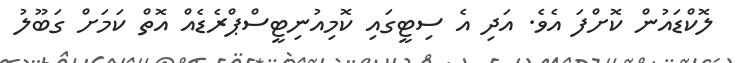
ލޮކްޑައުން ކޮށްފަ އެވެ. އަދި އެ ސިޓީގައި ކޮމިއުނިޓީސްޕްރެޑެއް އޮތް ކަމަށް ގަބޫލު